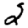
Digit: 2